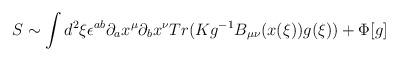
LaTeX: \begin{align*}S\sim \int d^{2}\xi \epsilon ^{ab}\partial _{a}x^{\mu }\partial _{b}x^{\nu}Tr(Kg^{-1}B_{\mu \nu }(x(\xi ))g(\xi ))+\Phi [g]\end{align*}